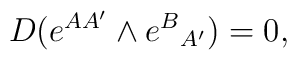
D(e^{AA'}\wedge e^{B}{}_{A'})=0 ,